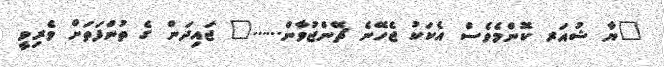
"ޔާ ޝުއަރ ކޮންމެވެސް އެކަކު ޖެހޭނެ ޗޭންޖުވާން......" ޖައިދަން ގެ ތުންފަތަށް ވެރިވީ